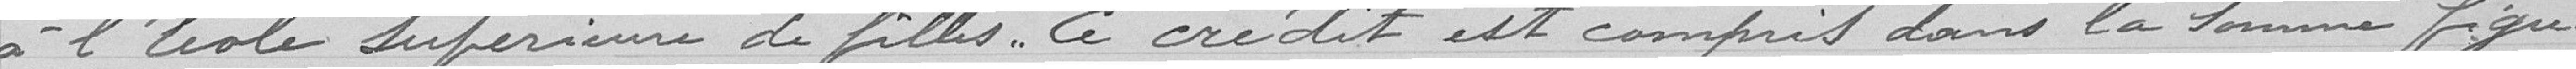
à l'Ecole Supérieure de filles . Ce crédit est complet dans la somme figu